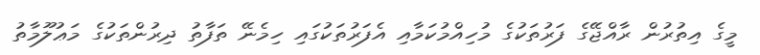
މީގެ އިތުރުން ރާއްޖޭގެ ފަރުތަކުގެ މުހިއްމުކަމާއި އެފަރުތަކުގައި ހިމެނޭ ތަފާތު ދިރުންތަކުގެ މަޢުލޫމާތު